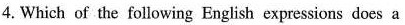
4.Which of the following English expressions does a